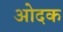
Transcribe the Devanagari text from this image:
ओदक